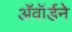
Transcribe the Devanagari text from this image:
अॅवॉर्डने